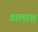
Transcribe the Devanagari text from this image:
त्तालाश